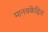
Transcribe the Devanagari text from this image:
मानवकेंद्रित